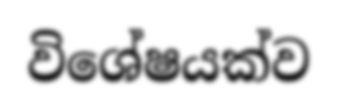
විශේෂයක්ව